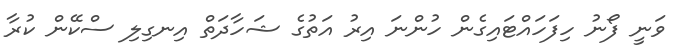
ވަނީ ފޯނު ހިފަހައްޓައިގެން ހުންނަ އިރު އަތުގެ ޝަހާދަތް އިނގިލި ސްކޭން ކުރާ